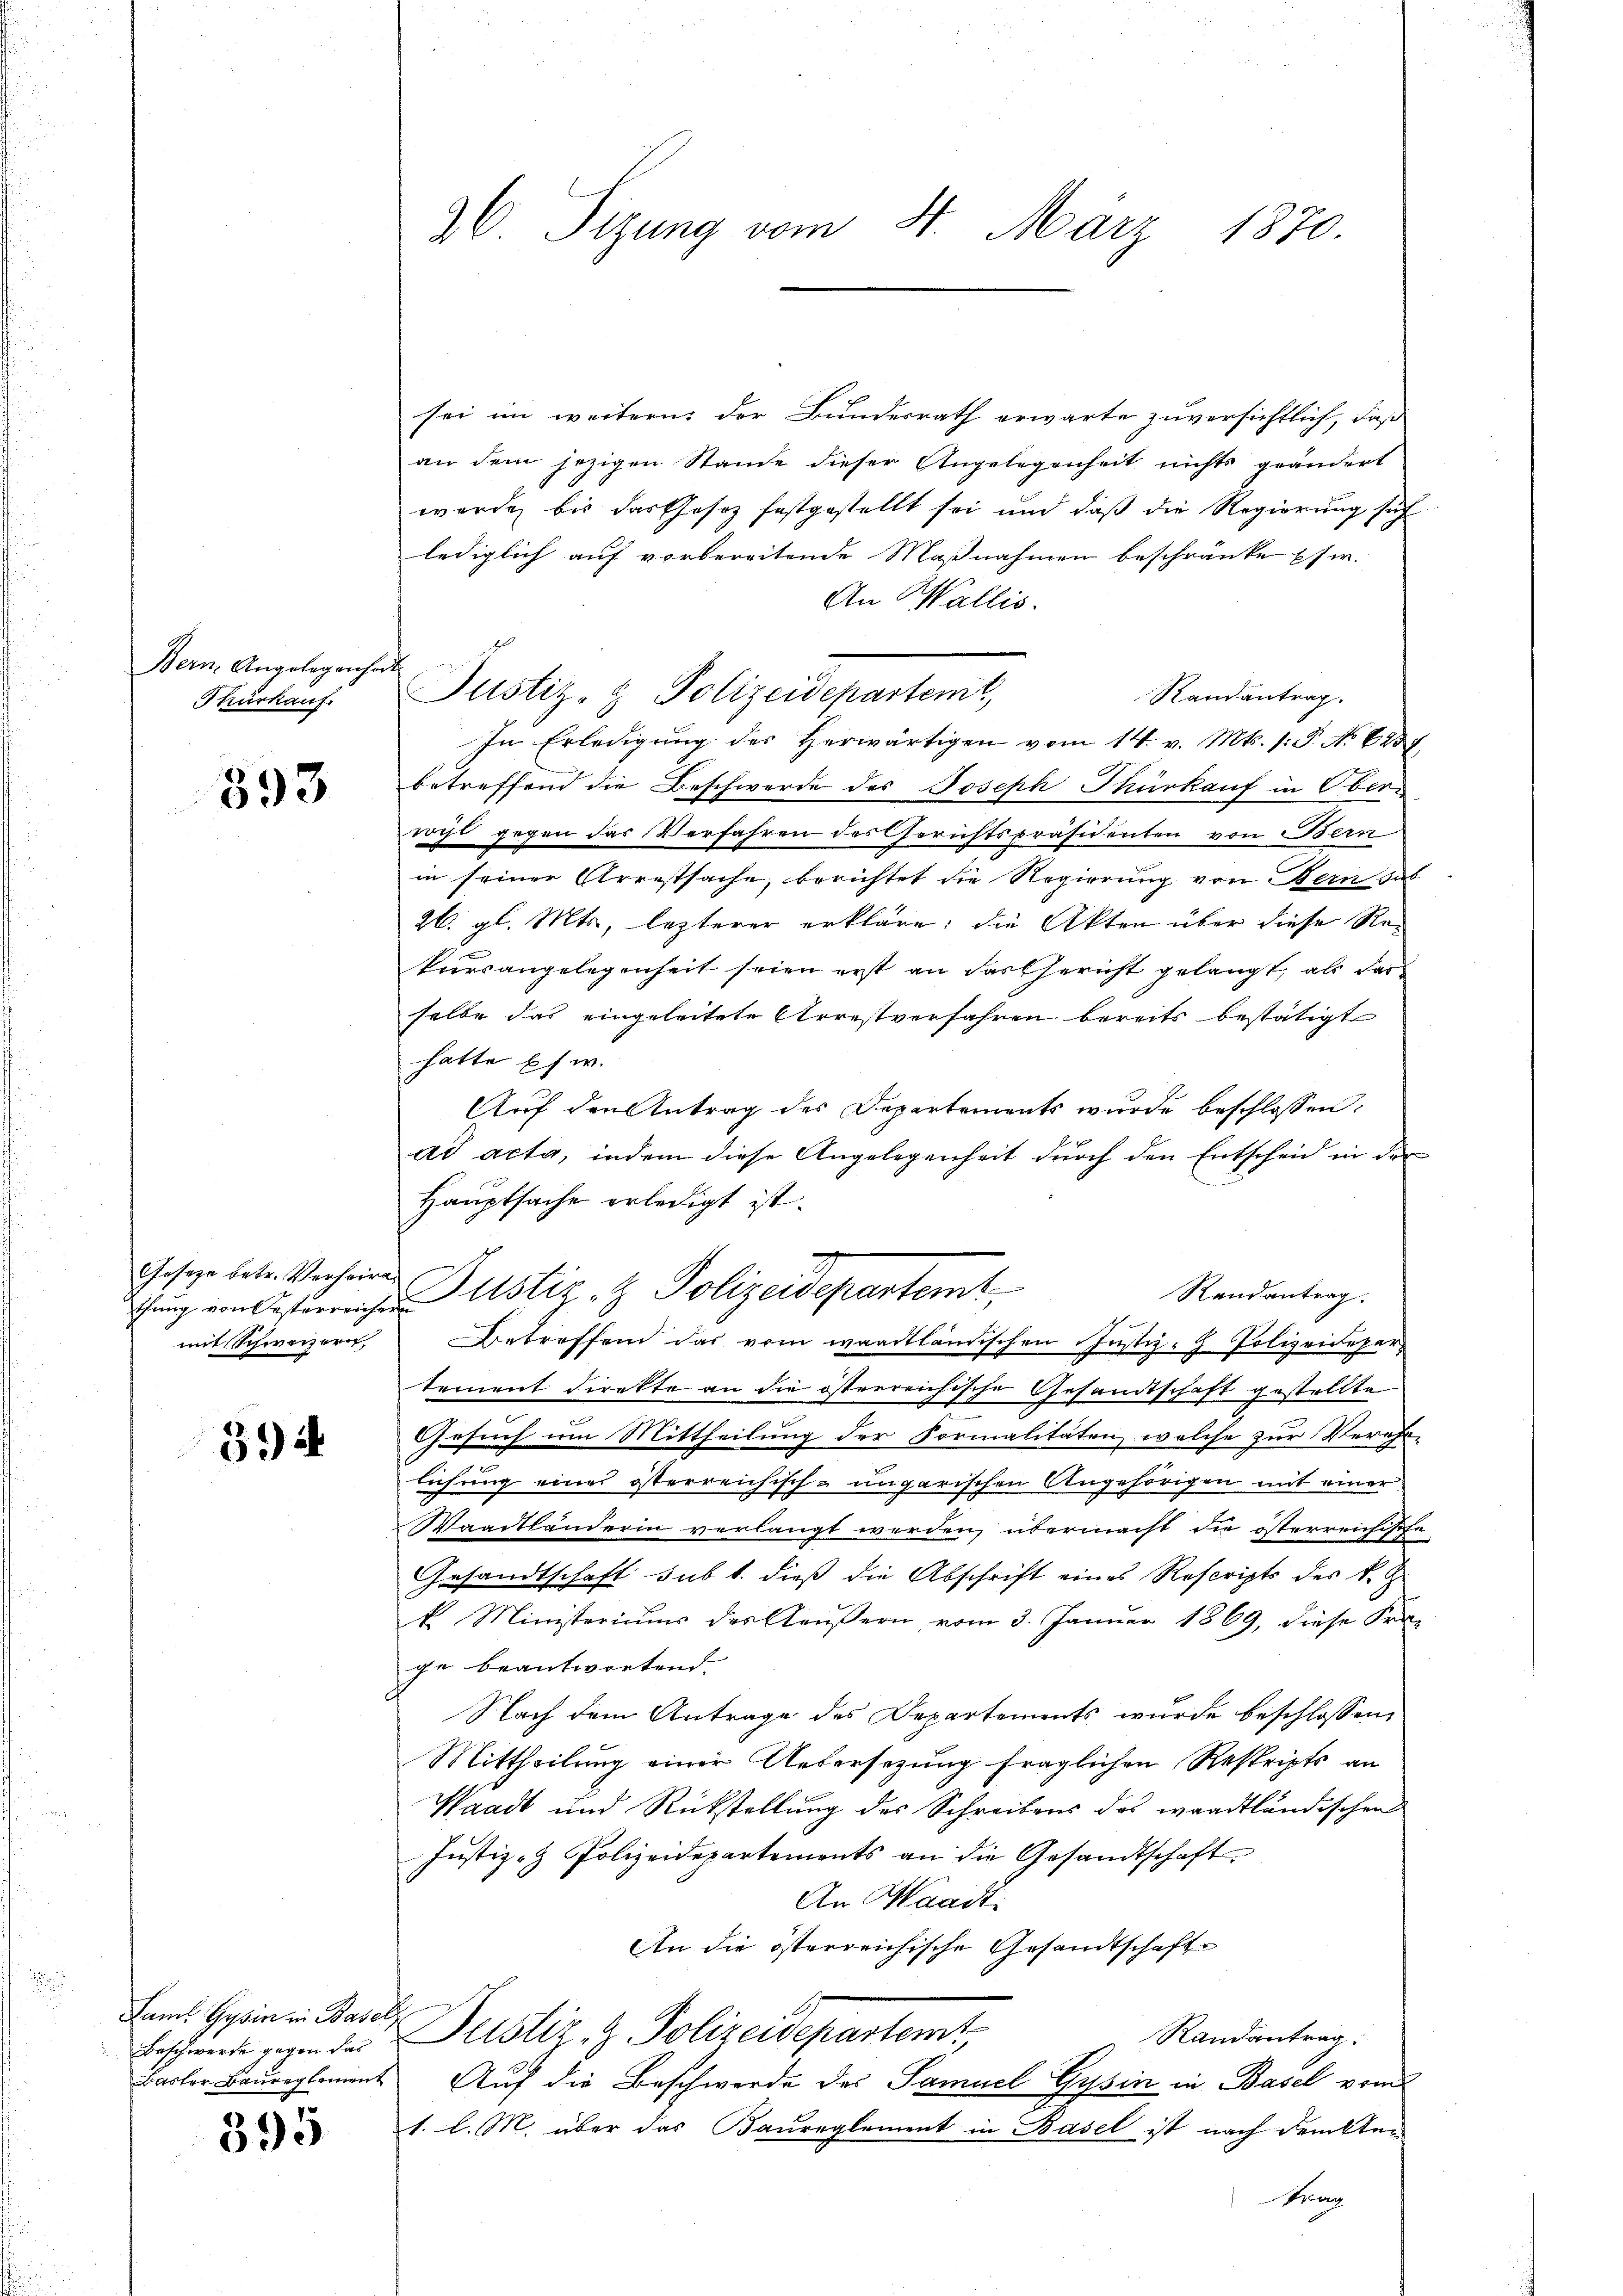
Bern Angelegenheit
Thürkauf.

393

Geseze betr. Verheiramit Schweizern

394

Saml Gysin in Basel
Kaster Baureglement

395

26 Sizung vom 4. März 1870.

sei im weitern der Bundesrath erwarte zuversichtlich, daß
an dem jezigen Stande dieser Angelegenheit nichts geändert
werde, bis das Gesez festgestellt sei und daß die Regierung sich
lediglich auf vorbereitende Maßnahmen beschränke pfw.
An Wallis.
Justiz- & Polizeidepartemt,
Randantrag.
In Erledigung des herwärtigen vom 14. v. Mts. 1. P. No 6257
betreffend die Beschwerde des Joseph Thürkauf in Oberrecht gegen das Verfahren des Gerichtspräsidenten von Bern
in seiner Arrestsache, berichtet die Regierung von Bern das
26. gl. Mts, lezterer erkläre; die Akten über diese Rekursangelegenheit seien erst an das Gericht gelangt, als das
selbe das eingeleitete Arrestverfahren bereits bestätigt
hatte es w.
Auf den Antrag des Departements wurde beschlossen:
ad acta, indem diese Angelegenheit durch den Entscheid in der
Hauptsache erledigt ist.
Randantrag.
ŭng von Oesterreiche Astiz- & Polizeidepartemt
Betreffend das vom waadtländischen Justiz- Polizeidepar
tement direkte an die östrereichische Gesandtschaft gestellte
Gesuch um Mittheilung der Formalitäten, welche zur Verehr-
lichung eines österreichisch-ungarischen Angehörigen mit einer
Waadtländerin verlangt werden, übermacht die österreichische
Gesandtschaft sub 1. dieß die Abschrift eines Rescripts des k. G
k Ministeriums des Aeußern vom 3. Januar 1869, diese Fra-
ge beantwortend.
Nach dem Antrage des Departements wurde beschlossen,
Mittheilung einer Untersetzung fraglichen Reskripts an
Waadt und Rückstellung des Schreibens das waadtländischen
Justiz- & Polizeidepartements an die Gesandtschaft
An Waadt.
An die österreichische Gesandtschaft
Randantrag:
Beschwerde gegen das listiz- & Polizeidepartemt
Auf die Beschwerde des Samuel Gysin in Basel vom
1. l. M. über das Baureglement in Basel ist nach druckten
trag

g